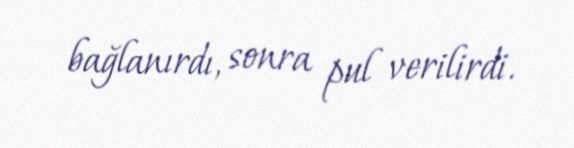
bağlanırdı, sonra pul verilirdi.